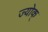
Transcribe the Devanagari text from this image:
ज्योक्